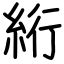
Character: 絎